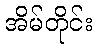
အိမ်တိုင်း